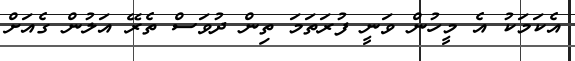
އެކަމަކު އެ މީހުން ވަނީ ފުރަތަމަ ތިން ދުވަސް ތެރޭ އަލުން ގެއަށް